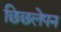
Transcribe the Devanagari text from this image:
छिछलेपन